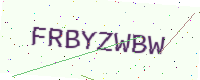
Text: FRBYZWBW